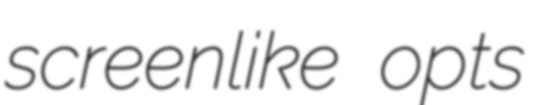
screenlike opts